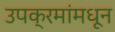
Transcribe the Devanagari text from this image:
उपक्रमांमधून